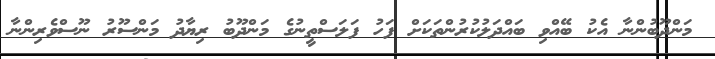
މަންދޫބުންނާ އެކު ބޭއްވި ބައްދަލުކުރުންތަކަށް ފަހު ފަލަސްތީނުގެ މަންދޫބު ރިޔާދު މަންސޫރު ނޫސްވެރިންނާ